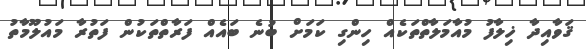
ޤަވާއިދާ ޚިލާފު މުއާމަލާތްތަކެއް ހިންގި ކަމަށް ބުނެ ބައެއް ފަރާތްތަކުން ފަތުރާ މައުލޫމާތު